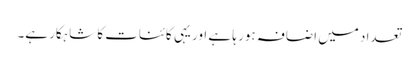
تعداد میں اضافہ ہور ہا ہے اور یہی کائنات کا شاہکار ہے۔